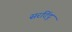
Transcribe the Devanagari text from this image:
सरदिंदू